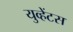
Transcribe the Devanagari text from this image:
युव्हेंटस